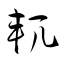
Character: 軏